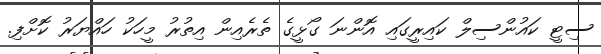
ސިޓީ ކައުންސިލް ކައިރީގައި އޮންނަ ގޯޅީގެ ތެރެއިން އިތުރު މީހަކު ހައްޔަރު ކޮށްފި.